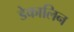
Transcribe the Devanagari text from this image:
डेकालिन